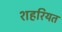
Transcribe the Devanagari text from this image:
शहरियत